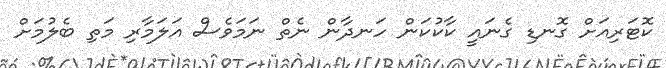
ކޮޓަރިއަށް ގޮނޑި ގެނައިީ ކާކުކަން ހަނދާން ނެތް ނަމަވެސް އަލަމާރި މަތި ބެލުމަށް